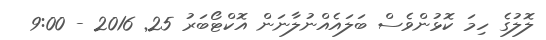
ލޮލުގެ ހިމަ ކޮޅުންވެސް ބަލައެއްނުލާނަން އޮކްޓޯބަރު 25